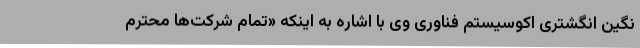
نگین انگشتری اکوسیستم فناوری وی با اشاره به اینکه «تمام شرکت‌ها محترم